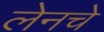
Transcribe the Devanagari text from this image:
लेनचे